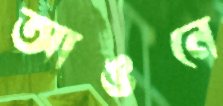
আঙনে